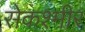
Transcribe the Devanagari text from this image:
सेकश्मीर